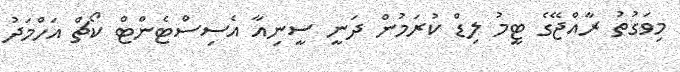
މިވަގުތު ރާއްޖޭގެ ޓީމު ލިޑް ކުރަމުން ދަނީ ސީނިއާ އެސިސްޓެންޓް ކޯޗް އަހްމަދު